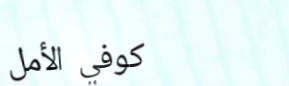
كوفي الأمل